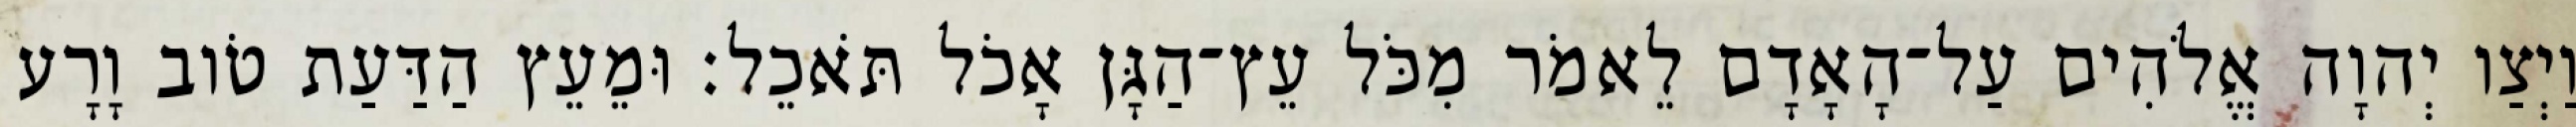
וַיְצַו יְהוָה אֱלֹהִים עַל־הָאָדָם לֵאמֹר מִכֹּל עֵץ־הַגָּן אָכֹל תֹּאכֵל׃ וּמֵעֵץ הַדַּעַת טֹוב וָרָע